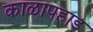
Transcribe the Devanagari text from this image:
काळापहाड